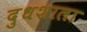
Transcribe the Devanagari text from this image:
दुधशाला